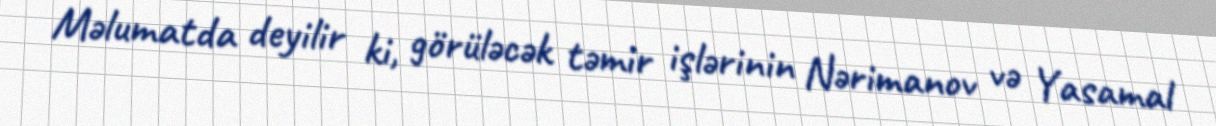
Məlumatda deyilir ki, görüləcək təmir işlərinin Nərimanov və Yasamal